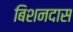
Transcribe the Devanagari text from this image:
बिशनदास